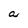
Character: a